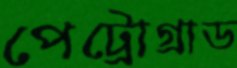
পেট্রোগ্রাড